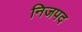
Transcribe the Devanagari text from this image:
निजपद